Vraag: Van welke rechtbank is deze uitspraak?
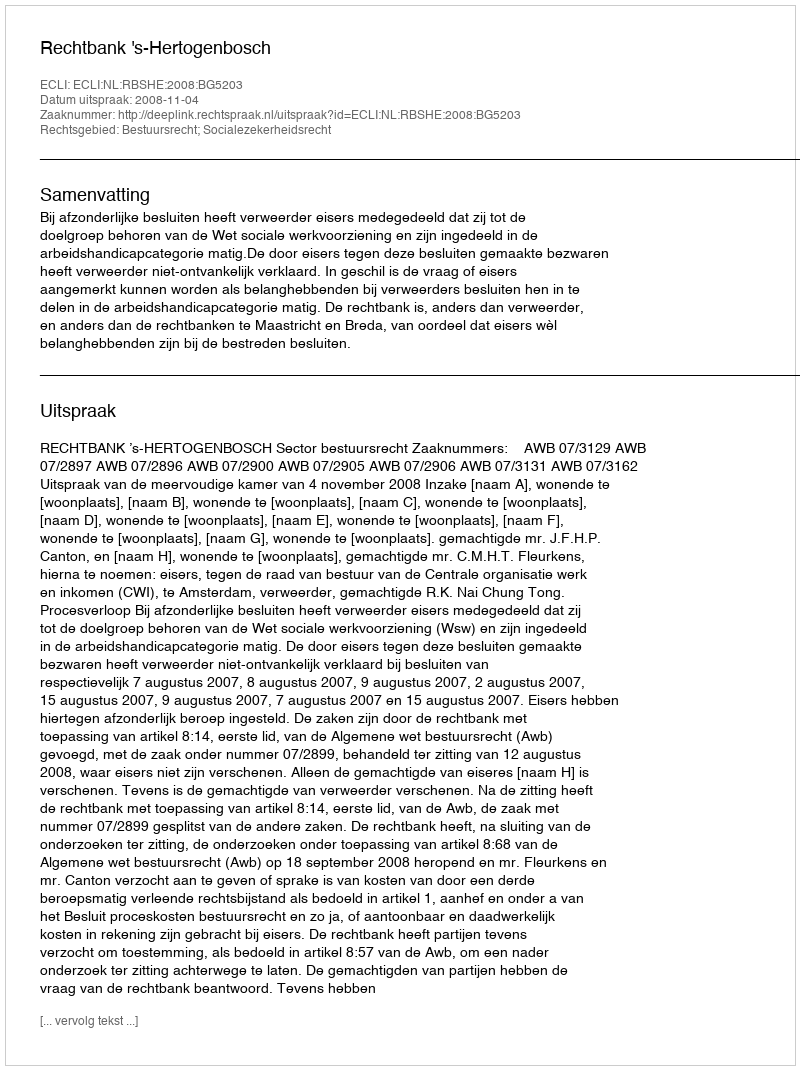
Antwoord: Rechtbank 's-Hertogenbosch